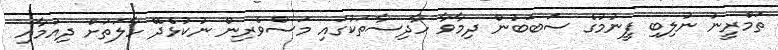
ތަމްރީނު ނުލިބި ފީނުމުގެ ސަބަބުން ދިމާވާ ހާދިސާތަކުގައި މަސްވެރިން ނުކުޅެދޭ ހާލަތަށް ދިއުމާއި